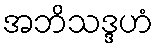
အဘိသဒ္ဒဟံ